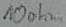
Text: 10ohm